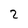
Character: 2